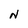
Character: N